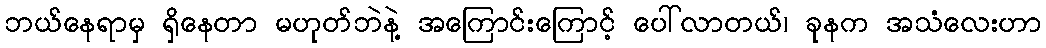
ဘယ်နေရာမှ ရှိနေတာ မဟုတ်ဘဲနဲ့ အကြောင်းကြောင့် ပေါ်လာတယ်၊ ခုနက အသံလေးဟာ